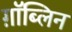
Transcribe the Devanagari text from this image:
ग़ॉब्लिन